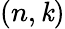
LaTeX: (n,\mathit{k})